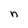
Character: n